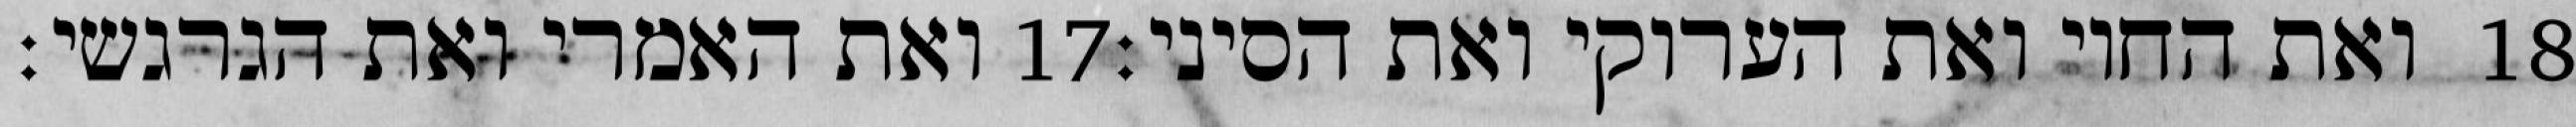
ואת האמרי ואת הגרגשי׃ ‎17‏ ואת החוי ואת הערוקי ואת הסיני׃ ‎18‏